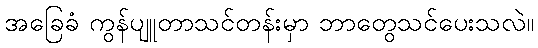
အခြေခံ ကွန်ပျူတာသင်တန်းမှာ ဘာတွေသင်ပေးသလဲ။